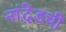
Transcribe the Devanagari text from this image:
नांदेडची